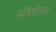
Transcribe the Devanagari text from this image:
पवित्रोपण